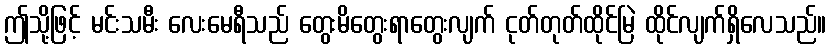
ဤသို့ဖြင့် မင်းသမီး လေးမေရီသည် တွေးမိတွေးရာတွေးလျက် ငုတ်တုတ်ထိုင်မြဲ ထိုင်လျက်ရှိလေသည်။